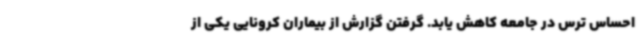
احساس ترس در جامعه کاهش یابد. گرفتن گزارش از بیماران کرونایی یکی از